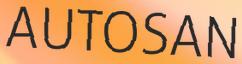
AUTOSAN